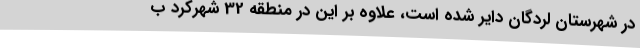
در شهرستان لردگان دایر شده است، علاوه بر این در منطقه 32 شهرکرد ب